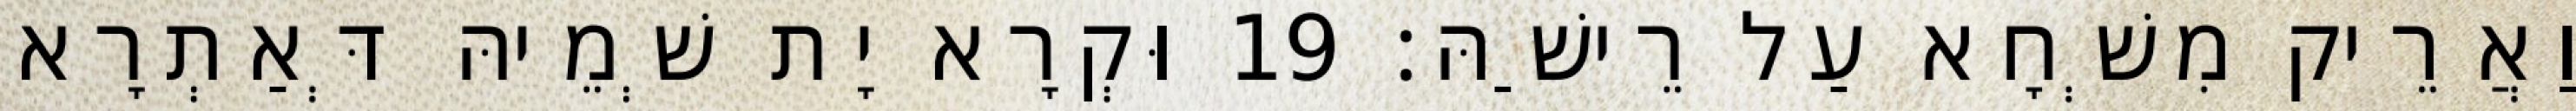
וַאֲרֵיק מִשְׁחָא עַל רֵישַׁהּ׃ 19 וּקְרָא יָת שְׁמֵיהּ דְּאַתְרָא